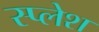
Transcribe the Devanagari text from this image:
स्प्लेश